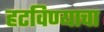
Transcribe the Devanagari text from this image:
हटविण्याचा